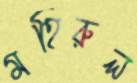
মহিরুল